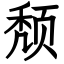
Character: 颓